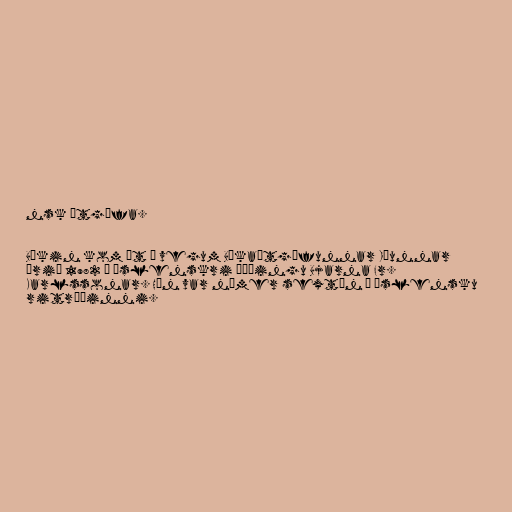
nsk útgáfa.

Bókin kom út á vegum Bókaútgáfunnar Iðunnar
árið 1982 í íslenskri þýðingu Bjarna Fr.
Karlssonar. Hún var númer sextán í íslensku
ritröðinni.